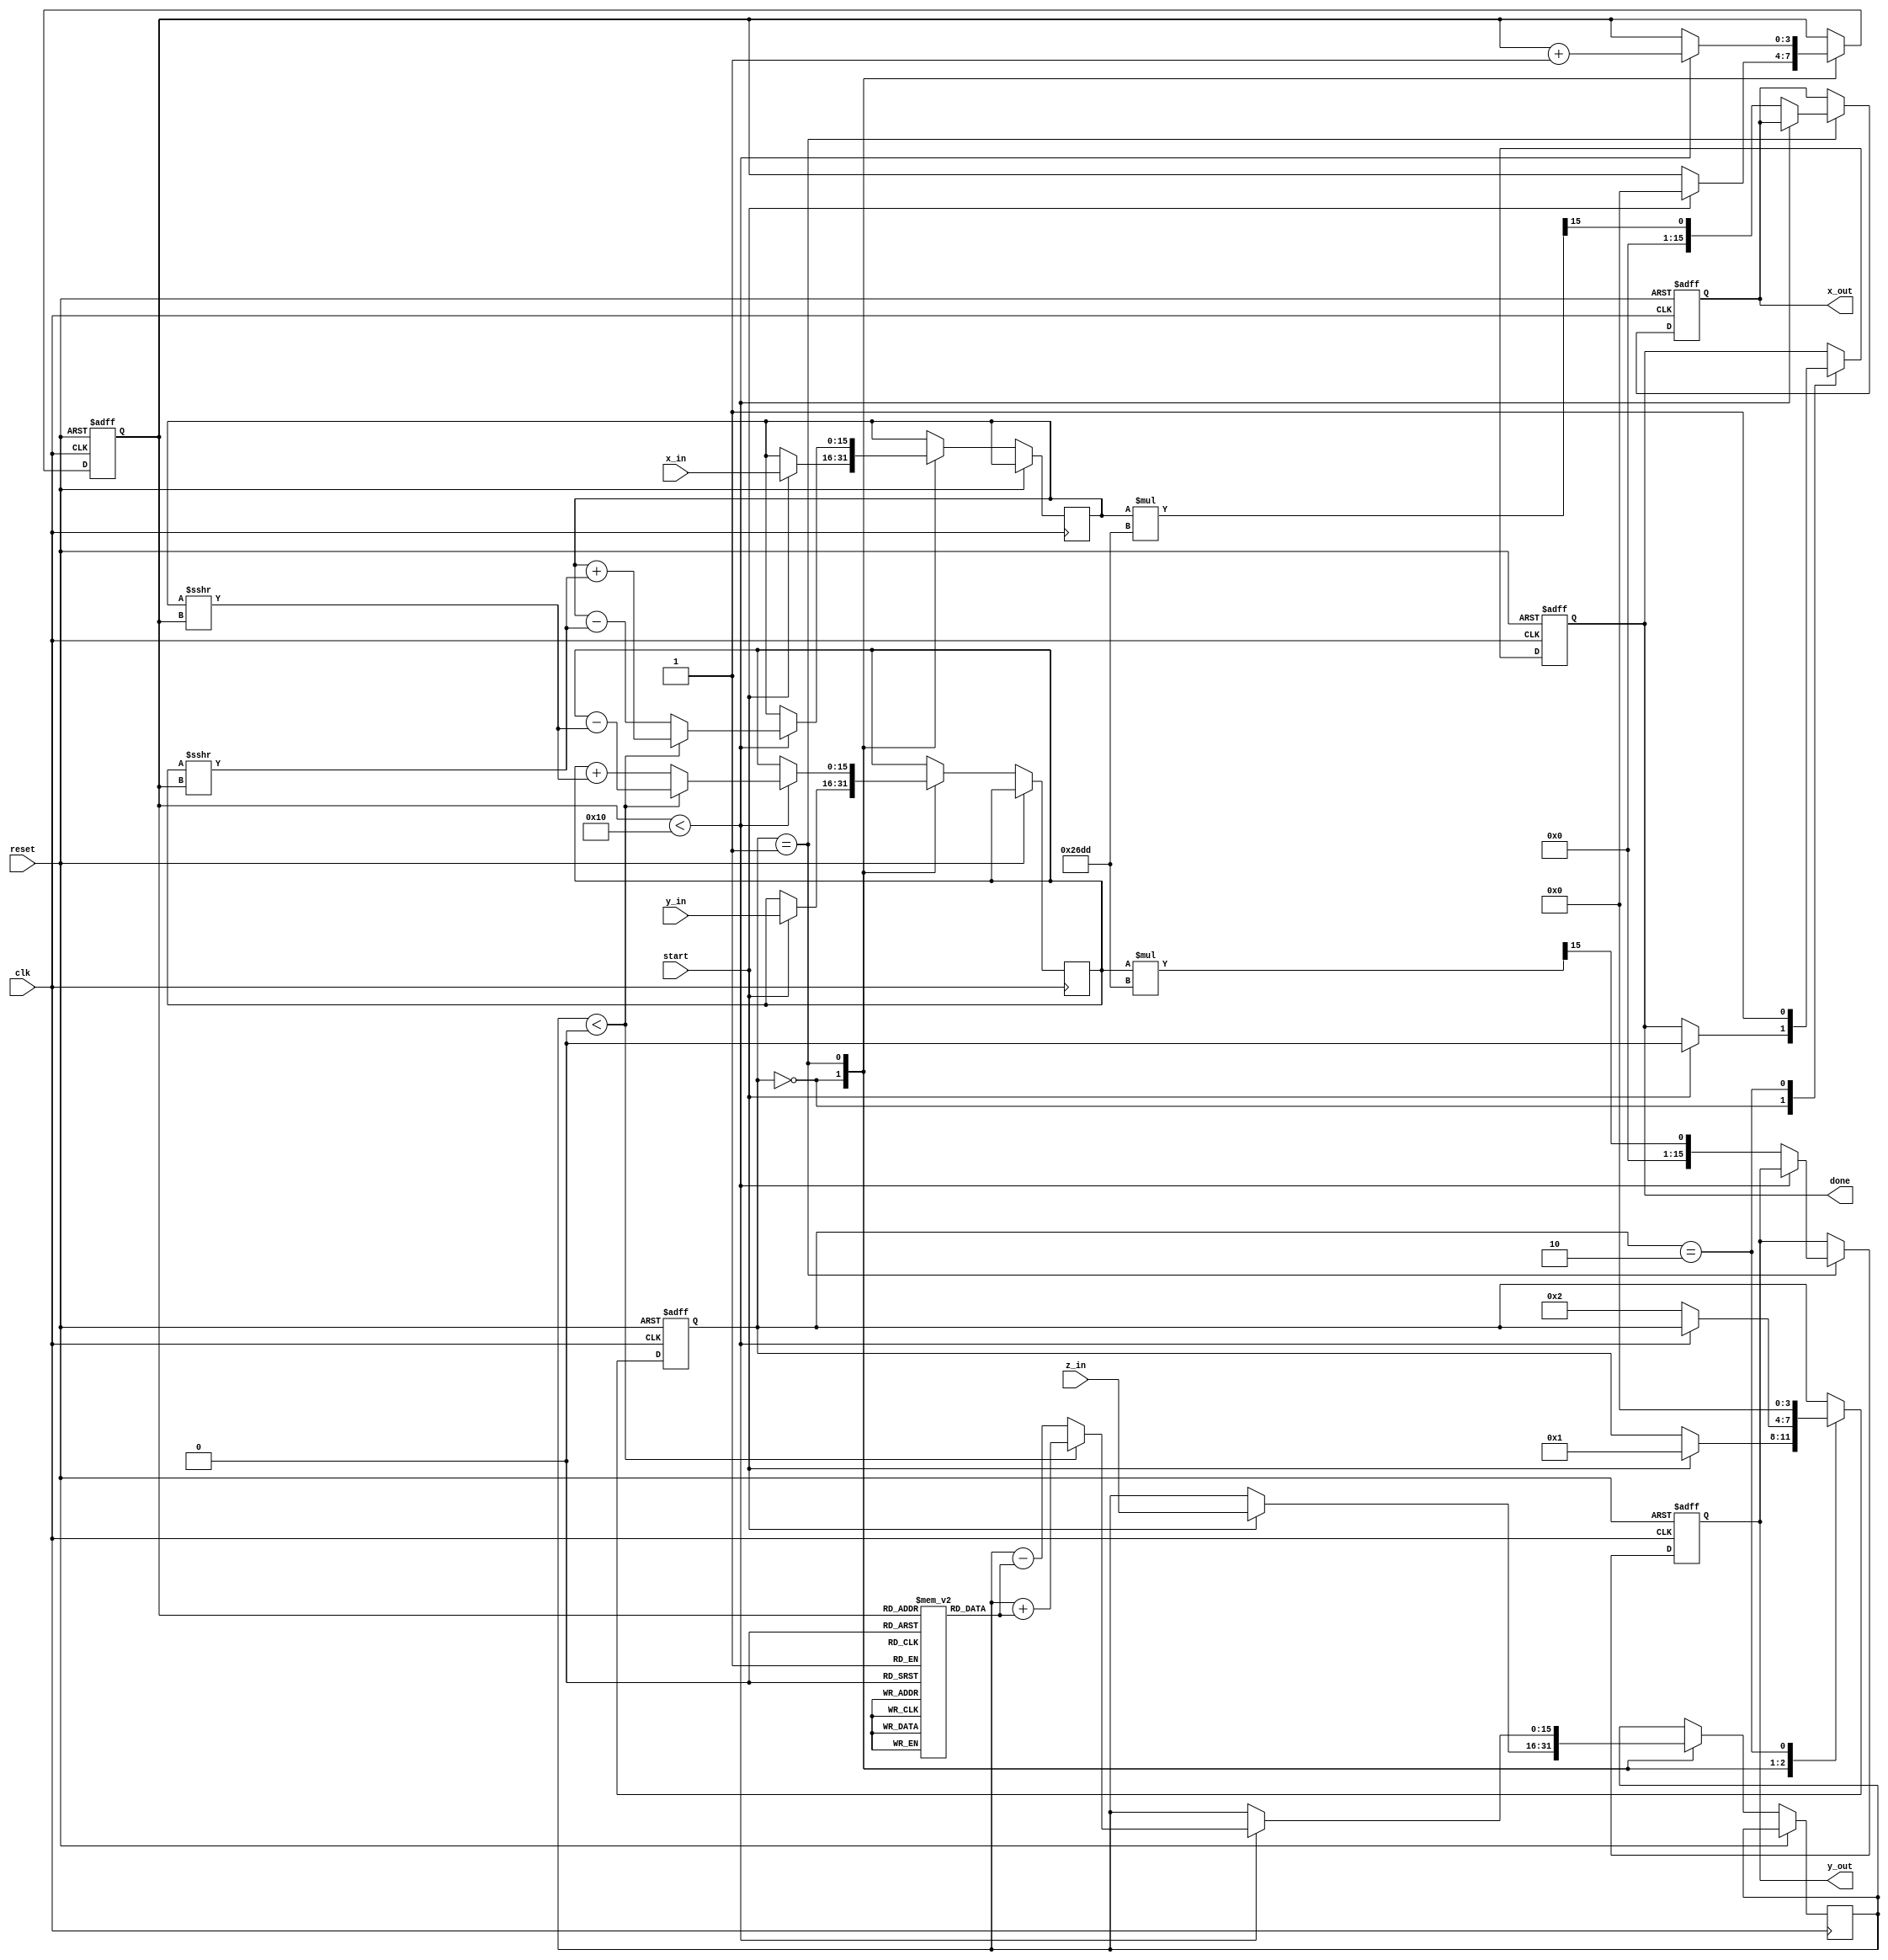
module cordic_2d (
    input wire signed [15:0] x_in,   // Input x-coordinate
    input wire signed [15:0] y_in,   // Input y-coordinate
    input wire signed [15:0] z_in,   // Input angle (rotation value)
    input wire start,                 // Start signal
    input wire clk,                   // Clock signal
    input wire reset,                 // Reset signal
    output reg signed [15:0] x_out,   // Output x-coordinate
    output reg signed [15:0] y_out,   // Output y-coordinate
    output reg done                   // Completion signal
);

    // Parameters
    parameter NUM_ITERATIONS = 16; // Number of CORDIC iterations
    parameter FIXED_POINT_FRACTIONAL_BITS = 15; // Fractional bits for fixed-point representation
    parameter FIXED_POINT_SCALING = 16'h26DD; // Scaling factor (1/sqrt(1 + 2^-2))

    // Internal signals
    reg signed [15:0] x [0:NUM_ITERATIONS-1]; // x values for each iteration
    reg signed [15:0] y [0:NUM_ITERATIONS-1]; // y values for each iteration
    reg signed [15:0] z [0:NUM_ITERATIONS-1]; // z values for each iteration
    reg [3:0] iteration; // Iteration counter
    reg [3:0] state; // State for FSM
    reg [15:0] angle_table [0:NUM_ITERATIONS-1]; // Predefined angles
    reg signed [15:0] x_reg, y_reg, z_reg; // Registers for x, y, z

    // Initialize angle table (atan(2^-i) in fixed-point representation)
    initial begin
        angle_table[0] = 16'h2000; // atan(1) = 45 degrees
        angle_table[1] = 16'h1000; // atan(1/2)
        angle_table[2] = 16'h0800; // atan(1/4)
        angle_table[3] = 16'h0400; // atan(1/8)
        angle_table[4] = 16'h0200; // atan(1/16)
        angle_table[5] = 16'h0100; // atan(1/32)
        angle_table[6] = 16'h0080; // atan(1/64)
        angle_table[7] = 16'h0040; // atan(1/128)
        angle_table[8] = 16'h0020; // atan(1/256)
        angle_table[9] = 16'h0010; // atan(1/512)
        angle_table[10] = 16'h0008; // atan(1/1024)
        angle_table[11] = 16'h0004; // atan(1/2048)
        angle_table[12] = 16'h0002; // atan(1/4096)
        angle_table[13] = 16'h0001; // atan(1/8192)
        angle_table[14] = 16'h0000; // atan(1/16384)
        angle_table[15] = 16'h0000; // atan(1/32768)
    end

    // FSM states
    localparam IDLE = 0;
    localparam COMPUTE = 1;
    localparam DONE = 2;

    // Sequential logic for FSM and computations
    always @(posedge clk or posedge reset) begin
        if (reset) begin
            x_out <= 0;
            y_out <= 0;
            done <= 0;
            iteration <= 0;
            state <= IDLE;
        end else begin
            case (state)
                IDLE: begin
                    if (start) begin
                        // Initialize values
                        x_reg <= x_in;
                        y_reg <= y_in;
                        z_reg <= z_in;
                        iteration <= 0;
                        state <= COMPUTE;
                        done <= 0;
                    end
                end
                COMPUTE: begin
                    if (iteration < NUM_ITERATIONS) begin
                        // CORDIC iteration logic
                        if (z_reg < 0) begin
                            // Rotate clockwise
                            x_reg <= x_reg + (y_reg >>> iteration);
                            y_reg <= y_reg - (x_reg >>> iteration);
                            z_reg <= z_reg + angle_table[iteration];
                        end else begin
                            // Rotate counter-clockwise
                            x_reg <= x_reg - (y_reg >>> iteration);
                            y_reg <= y_reg + (x_reg >>> iteration);
                            z_reg <= z_reg - angle_table[iteration];
                        end
                        iteration <= iteration + 1;
                    end else begin
                        // Final output assignment
                        x_out <= x_reg * FIXED_POINT_SCALING >>> FIXED_POINT_FRACTIONAL_BITS;
                        y_out <= y_reg * FIXED_POINT_SCALING >>> FIXED_POINT_FRACTIONAL_BITS;
                        state <= DONE;
                    end
                end
                DONE: begin
                    done <= 1; // Signal completion
                    state <= IDLE; // Return to IDLE
                end
            endcase
        end
    end

endmodule